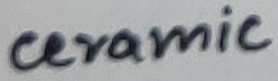
Text: ceramic